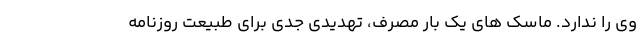
وی را ندارد. ماسک ‌های یک بار مصرف، تهدیدی جدی برای طبیعت روزنامه